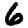
Digit: 6